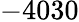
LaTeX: -4030